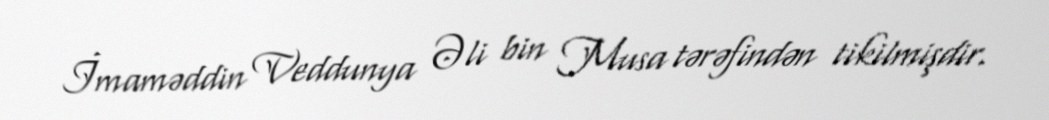
İmaməddin Veddunya Əli bin Musa tərəfindən tikilmişdir.